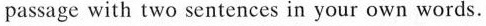
passage with two sentences in your own words.